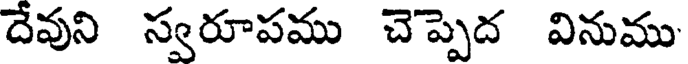
దేవుని స్వరూపము చెప్పెద వినుము